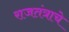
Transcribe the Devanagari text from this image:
राजतंत्राचे